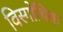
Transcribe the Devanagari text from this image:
विस्गोथिक